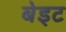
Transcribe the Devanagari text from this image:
बेइट